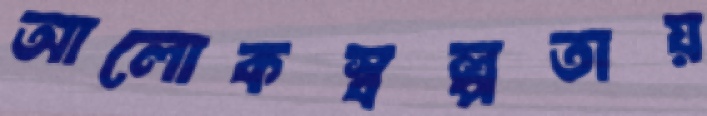
আলোকস্বল্পতায়